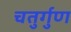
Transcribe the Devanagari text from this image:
चतुर्गुण